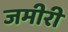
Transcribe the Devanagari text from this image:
जमीरी